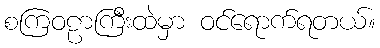
စကြဝဠာကြီးထဲမှာ ဝင်ရောက်ရတယ်။